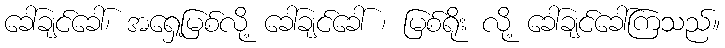
ခေါ်ချင်ခေါ်၊ အရှေ့မြစ်လို့ ခေါ်ချင်ခေါ် ၊ မြစ်ရိုး လို့ ခေါ်ချင်ခေါ်ကြသည်။